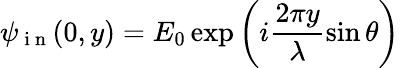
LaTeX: \psi_{\mathrm{~i~n~}}(0,y)=E_{0}\exp\left(i\frac{2\pi y}{\lambda}\sin\theta\right)